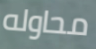
محاوله